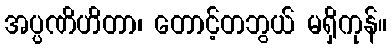
အပ္ပဏိဟိတာ၊ တောင့်တဘွယ် မရှိကုန်။